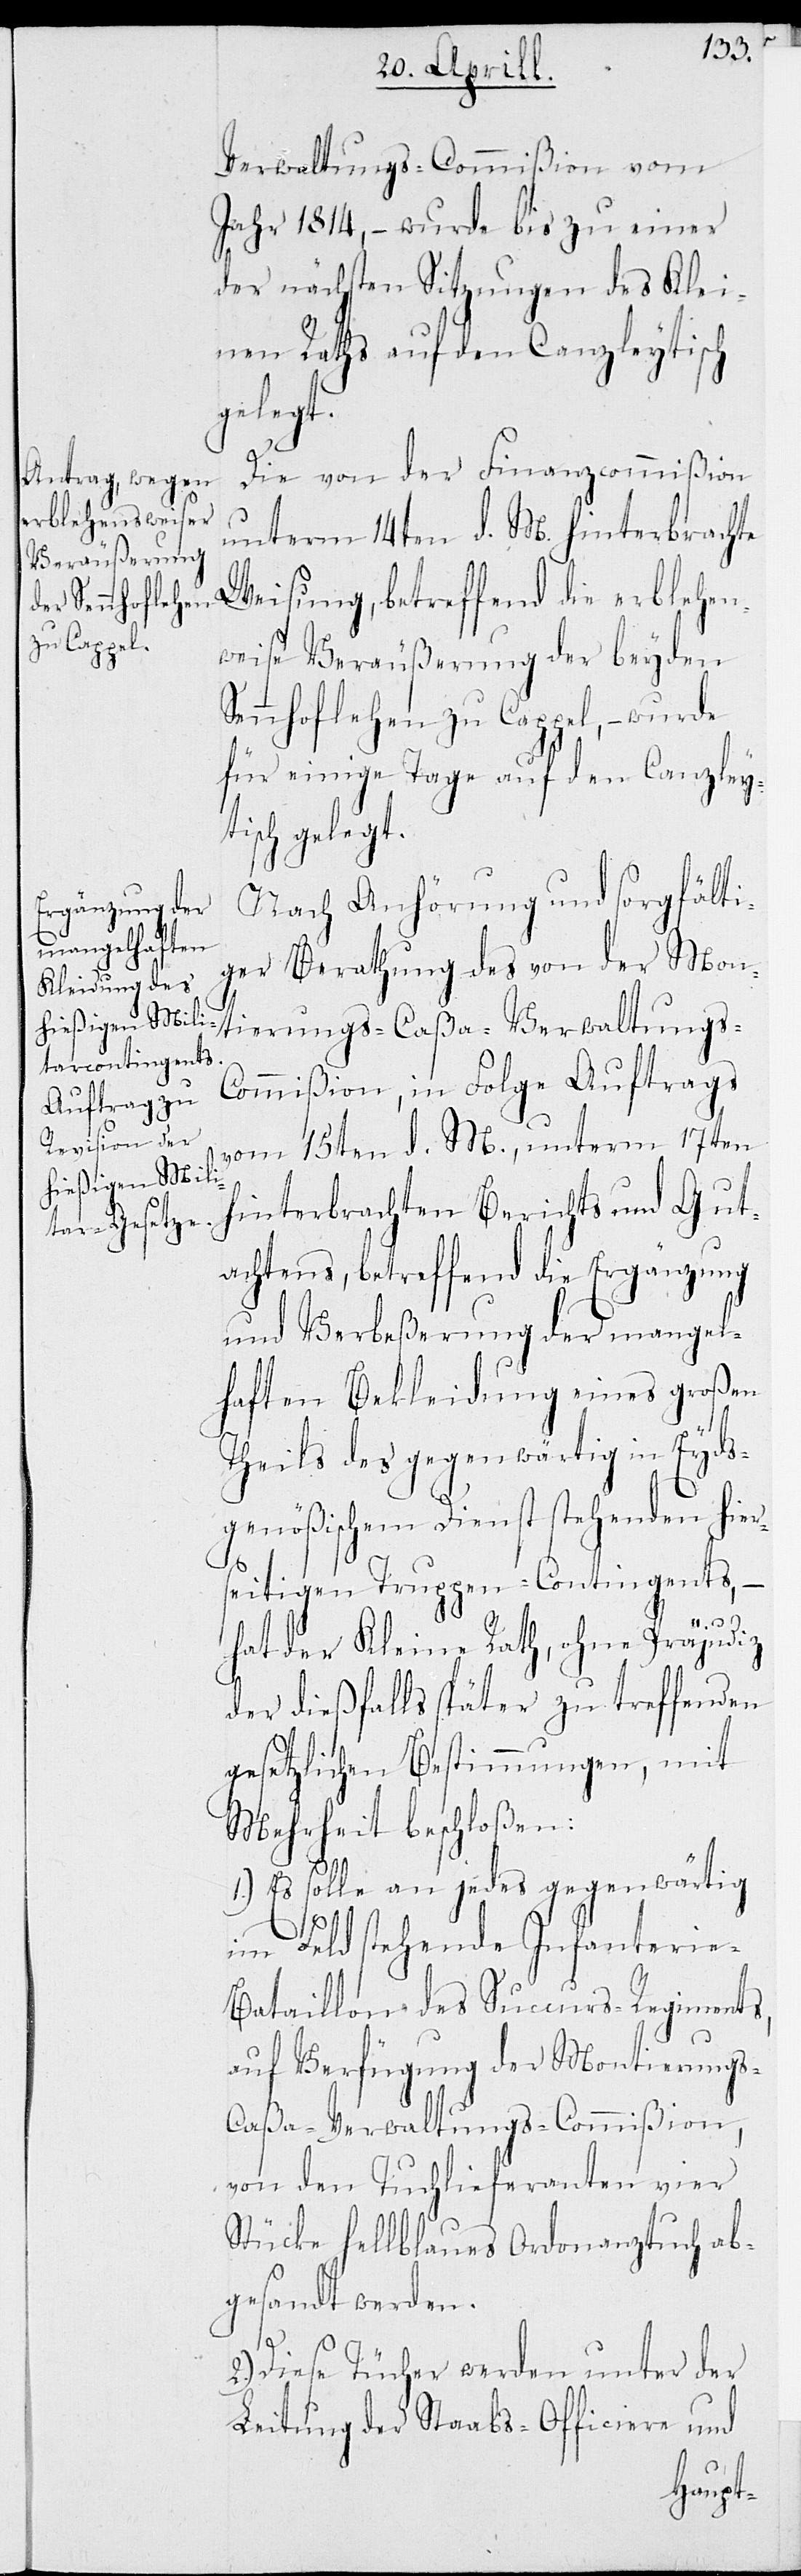
Verwaltungs-Commißion vom
Jahr 1814, – wurde bis zu einer
der nächsten Sitzungen des Klei¬
nen Raths auf den Canzleytisch
gelegt.
Die von der Finanzcommißion
unterm 14ten d. M. hinterbrachte
Weisung, betreffend die erblehen¬
weise Veräußerung der beyden
Sennhoflehen zu Cappel, – wurde
für einige Tage auf den Canzley¬
tisch gelegt.
Nach Anhörung und sorgfälti¬
hinterbrachten
ger Berathung des von der Mon¬
tierungs-Caßa-Verwaltung¬
ommißion, in Folge Auftrags
vom 15ten d. M., unterm 17ten
achtens, betreffend die Ergänzung
und Verbeßerung der mangel¬
haften Bekleidung eines großen
Theils des gegenwärtig in Eyds¬
genößischem Dienst stehenden hier¬
seitigen Truppen-Contingents,
Gut¬
hat der Kleine Rath, ohne Präjudiz
der dießfalls später zu treffenden
gesetzlichen Bestimmungen, mit
Mehrheit beschloßen:
1.) Es solle an jedes gegenwärtig
im Feld stehende Infanterie-B¬
ataillon des Succurs-Regiments,
auf Verfügung der Montierungs-C¬
aßa-Verwaltungs-Commißion,
von den Tuchlieferanten vier
Stück hellblaues Ordonanztuch ab¬
gesandt werden.
2.) Diese Tücher werden unter der
Leitung der Staabs-Officiere und